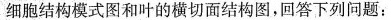
细胞结构模式图和叶的横切面结构图，回答下列问题：